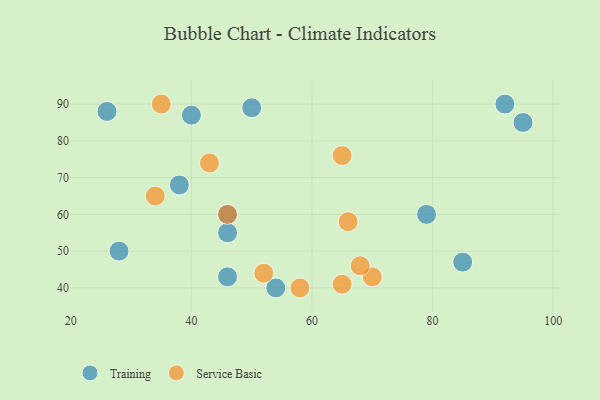
{"axis": {"x": "GDP", "y": "Life Expectancy"}, "legend": ["Service Basic", "Training"], "data": [{"x": "79", "y": 60, "type": "Training"}, {"x": "28", "y": 50, "type": "Training"}, {"x": "95", "y": 85, "type": "Training"}, {"x": "46", "y": 43, "type": "Training"}, {"x": "54", "y": 40, "type": "Training"}, {"x": "92", "y": 90, "type": "Training"}, {"x": "40", "y": 87, "type": "Training"}, {"x": "50", "y": 89, "type": "Training"}, {"x": "38", "y": 68, "type": "Training"}, {"x": "85", "y": 47, "type": "Training"}, {"x": "46", "y": 60, "type": "Training"}, {"x": "26", "y": 88, "type": "Training"}, {"x": "46", "y": 55, "type": "Training"}, {"x": "34", "y": 65, "type": "Service Basic"}, {"x": "70", "y": 43, "type": "Service Basic"}, {"x": "65", "y": 41, "type": "Service Basic"}, {"x": "68", "y": 46, "type": "Service Basic"}, {"x": "43", "y": 74, "type": "Service Basic"}, {"x": "58", "y": 40, "type": "Service Basic"}, {"x": "65", "y": 76, "type": "Service Basic"}, {"x": "46", "y": 60, "type": "Service Basic"}, {"x": "35", "y": 90, "type": "Service Basic"}, {"x": "52", "y": 44, "type": "Service Basic"}, {"x": "66", "y": 58, "type": "Service Basic"}]}